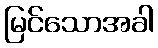
မြင်သောအခါ